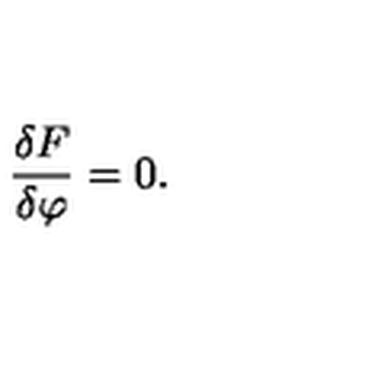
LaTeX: \frac { \delta F } { \delta \varphi } = 0 .